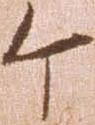
ケ